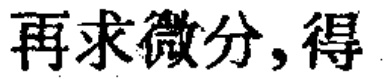
再求微分,得